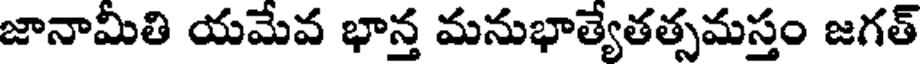
జానామీతి యమేవ భాన్త మనుభాత్యేతత్సమస్తం జగత్